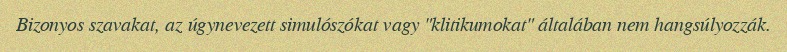
Bizonyos szavakat, az úgynevezett simulószókat vagy "klitikumokat" általában nem hangsúlyozzák.